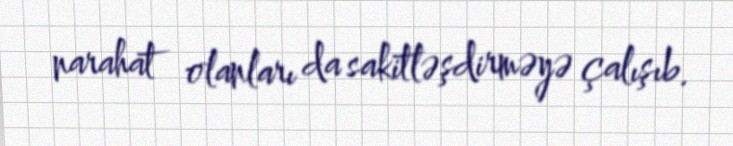
narahat olanları da sakitləşdirməyə çalışıb.